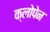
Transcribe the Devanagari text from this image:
क्लोपेन